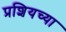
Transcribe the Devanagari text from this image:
प्रशियच्या